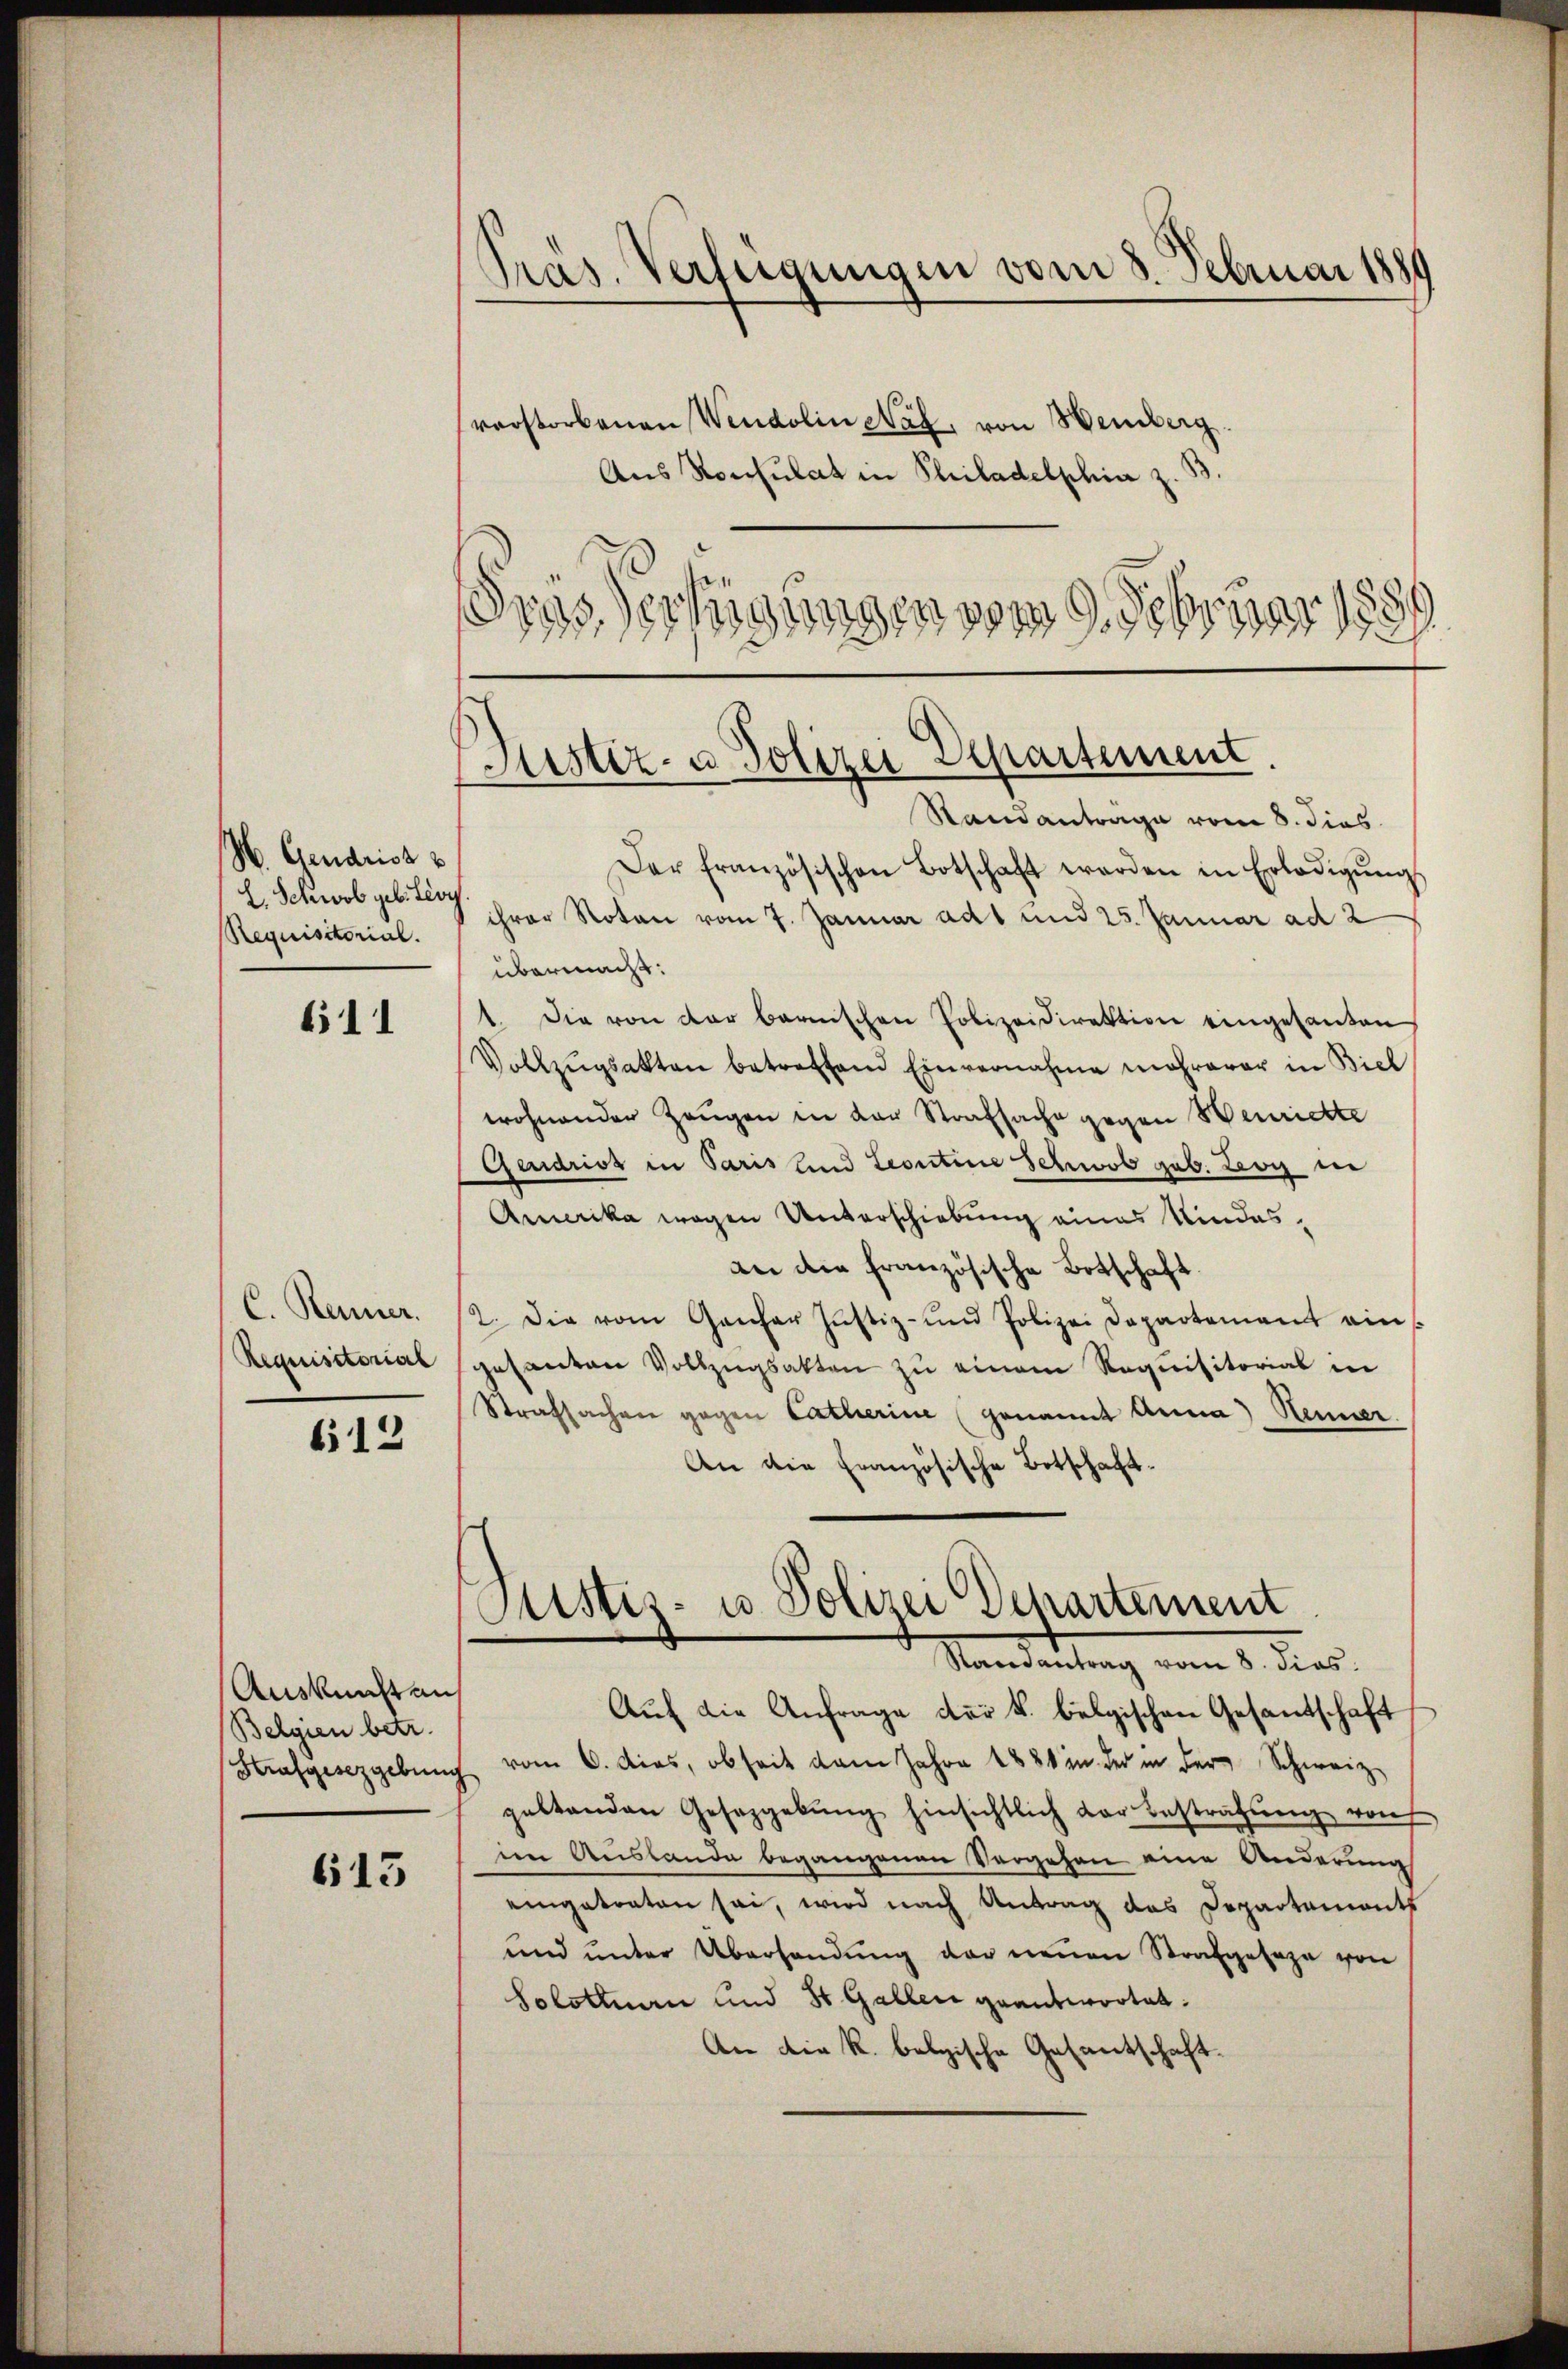
N. Gendrist
L. Schwol geb. Lioy
Requisitorial.

611

C. Renner.
Requisitorial

612

Auskunft auf
Belgien betr.

613

Pras. Verfügungen vom 8. Februar 1890
verstorbenen Wendolin Näf, von Weinberg
Aus Konsulat in Philadelphia z. B.
Gras Verfügungen vom 9. Februar 188

Justiz- u Polizei Departement.
Standantrage vom 8. dies

Der Französischen Botschaft werden in Erledigŭng
ihrer Noten vom 7. Januar ad 1 und 25. Januar ad 2

übermacht:
1. Die von der bernischen Polizeidirektion eingesanten
Vollzŭgsakten betreffend Einvernahme mehrerer in Biel
wohnender Zeugen in der Strafsache gegen Werrichte
Gerdriss in Paris und Leontine Schwob geb. Leoy in
Amerika wegen Unterschiebung eines Kindesan die französische Botschaft.
2. Die vom Gantar Jŭstiz- und Polizei Departement eins
gesanten Vollzugsakten zu einem Requisitorial in
Strafsachen gegen Catharine (genannt Anna Henner.
An die Französische Botschaft-
Justiz- u. Polizei Departement
Staisantrag vom 8. dies
Auf die Anfrage der k. belgischen Gesandschaft
Strafgesezgebung vom 6. dies, obseit dem Jahre 1881 in der in der Schweiz
geltenden Gesetzgebŭng hinsichtlich der Bestrafŭng von
im Auslande begangenen Vorgehen eine Änderung
eingetraten sei, wird nach Antrag das Departements
und unter Überhandŭng der neuen Strafgeseze von
Solothurn und St. Gallen geantwortet:
An die K. belgische Gesantschaft.